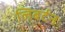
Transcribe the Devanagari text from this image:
लिबर्टन